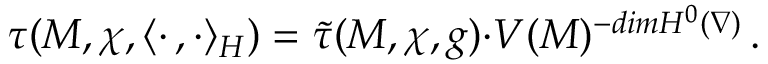
\tau ( M , \chi , \langle \cdot \, , \cdot \rangle _ { H } ) = \widetilde { \tau } ( M , \chi , g ) { \cdot } V ( M ) ^ { - d i m H ^ { 0 } ( \nabla ) } \, .